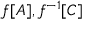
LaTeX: f [ A ] , f ^ { - 1 } [ C ]